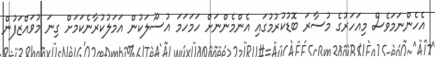
އެހެންނަމަވެސް މިއަހަރުގެ މުސާރަ ބޮޑުކުރުމުގައި އެންމެންނަށް ހަމަހަމަ އުސޫލަކުން އަމަލުކުރާނެކަމަށް ގިނަ މުވައްޒަފުން